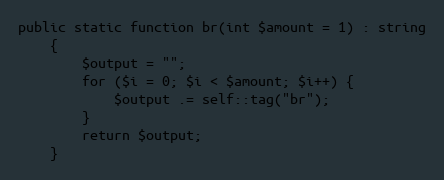
Language: PHP
public static function br(int $amount = 1) : string
    {
        $output = "";
        for ($i = 0; $i < $amount; $i++) {
            $output .= self::tag("br");
        }
        return $output;
    }